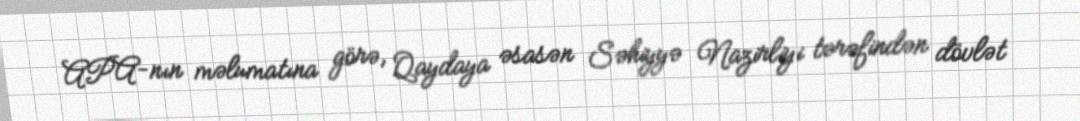
APA-nın məlumatına görə, Qaydaya əsasən Səhiyyə Nazirliyi tərəfindən dövlət